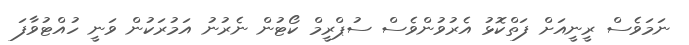
ނަމަވެސް ރީނީއަށް ފަތްކޮޅު އެރުވުންވެސް ސުޕްރީމް ކޯޓުން ނެރުނު އަމުރަކުން ވަނީ ހުއްޓުވާފަ